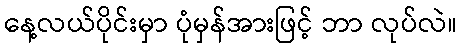
နေ့လယ်ပိုင်းမှာ ပုံမှန်အားဖြင့် ဘာ လုပ်လဲ။